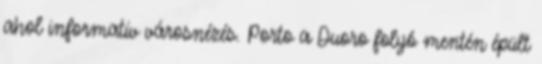
ahol informatív városnézés. Porto a Duoro folyó mentén épült